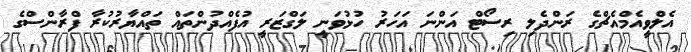
އެލްވީއެމްއެޗްގެ ރަންދެލި ރިސޯޓް އަންނަ އަހަރު ހުޅުވަނީ ލަގްޒަރީ އުފެއްދުންތައް ތައްޔާރުކުރާ ފްރާންސްގެ